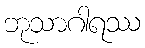
ဘုသာဂါရဿ